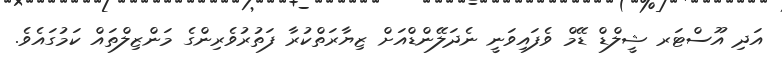
އަދި އޫސްޓަރ ޝީލްޑް ޑޭމް ވެފައިވަނީ ނެދަލޭންޑްއަށް ޒިޔާރަތްކުރާ ފަތުރުވެރިންގެ މަންޒިލްތައް ކަމުގައެވެ.